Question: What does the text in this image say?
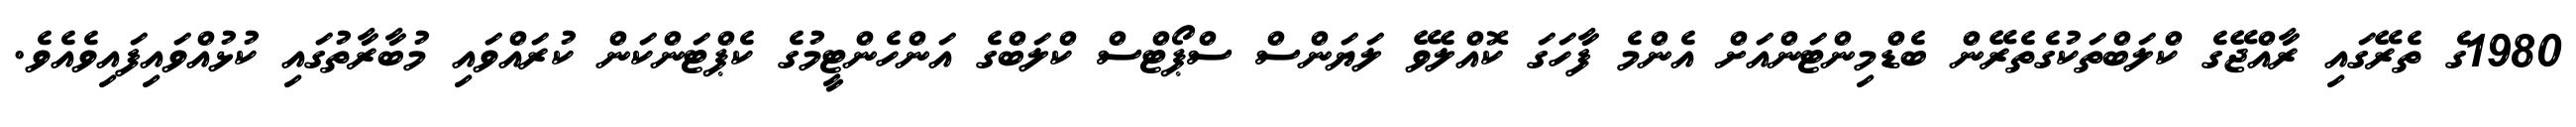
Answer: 1980ގެ ތެރޭގައި ރާއްޖޭގެ ކްލަބްތަކުގެތެރޭން ބެޑްމިންޓަންއަށް އެންމެ ފާހަގަ ކޮއްލެވޭ ލަޔަންސް ސްޕޯޓްސް ކްލަބްގެ އަންހެންޓީމުގެ ކެޕްޓަންކަން ކުރައްވައި މުބާރާތުގައި ކުޅުއްވައިފައިވެއެވެ.